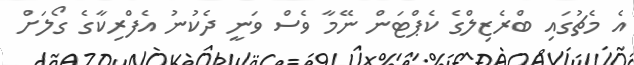
އެ މެޗުގައި ބްރެޒިލްގެ ކެޕްޓަން ނޭމާ ވެސް ވަނީ ދެކުނު އެފްރިކާގެ ގޯލަށް